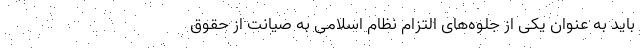
باید به­ عنوان یکی از جلوه‌های التزام نظام اسلامی به صیانت از حقوق